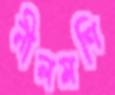
নীলমণি